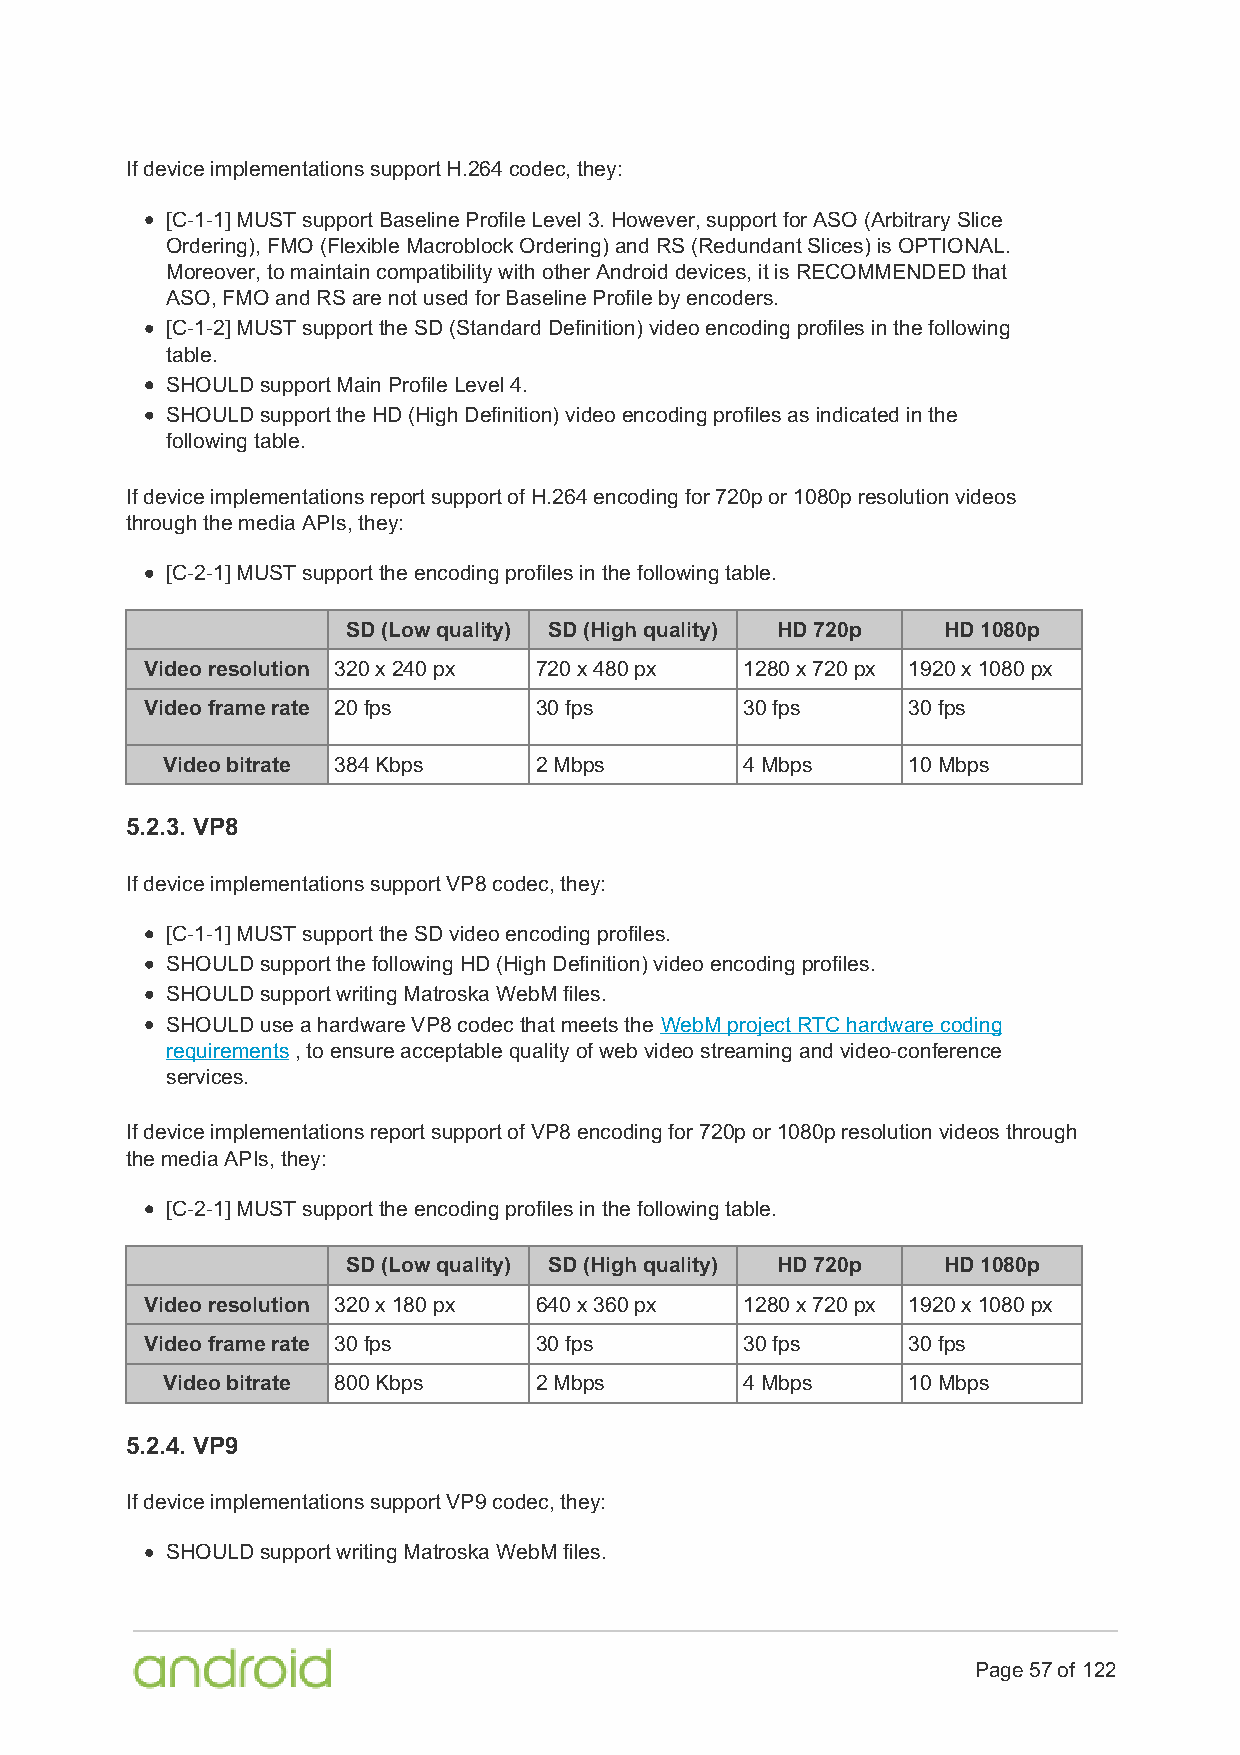
If device implementations support H.264 codec, they:
 [C-1-1] MUST support Baseline Profile Level 3. However, support for ASO (Arbitrary Slice
 Ordering), FMO (Flexible Macroblock Ordering) and RS (Redundant Slices) is OPTIONAL.
 Moreover, to maintain compatibility with other Android devices, it is RECOMMENDED that
 ASO, FMO and RS are not used for Baseline Profile by encoders.
 [C-1-2] MUST support the SD (Standard Definition) video encoding profiles in the following
 table.
 SHOULD support Main Profile Level 4.
 SHOULD support the HD (High Definition) video encoding profiles as indicated in the
 following table.
 If device implementations report support of H.264 encoding for 720p or 1080p resolution videos
 through the media APIs, they:
 [C-2-1] MUST support the encoding profiles in the following table.
 SD (Low quality) SD (High quality) HD 720p HD 1080p
 Video resolution 320 x 240 px 720 x 480 px 1280 x 720 px 1920 x 1080 px
 Video frame rate 20 fps  30 fps        30 fps     30 fps
 Video bitrate 384 Kbps  2 Mbps        4 Mbps     10 Mbps
 5.2.3. VP8
 If device implementations support VP8 codec, they:
 [C-1-1] MUST support the SD video encoding profiles.
 SHOULD support the following HD (High Definition) video encoding profiles.
 SHOULD support writing Matroska WebM files.
 SHOULD use a hardware VP8 codec that meets the WebM project RTC hardware coding
 requirements , to ensure acceptable quality of web video streaming and video-conference
 services.
 If device implementations report support of VP8 encoding for 720p or 1080p resolution videos through
 the media APIs, they:
 [C-2-1] MUST support the encoding profiles in the following table.
 SD (Low quality) SD (High quality) HD 720p HD 1080p
 Video resolution 320 x 180 px 640 x 360 px 1280 x 720 px 1920 x 1080 px
 Video frame rate 30 fps  30 fps        30 fps     30 fps
 Video bitrate 800 Kbps  2 Mbps        4 Mbps     10 Mbps
 5.2.4. VP9
 If device implementations support VP9 codec, they:
 SHOULD support writing Matroska WebM files.
 Page 57 of 122